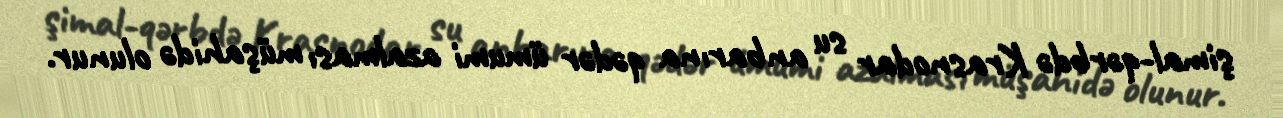
şimal-qərbdə Krasnodar su anbarına qədər ümumi azalması müşahidə olunur.